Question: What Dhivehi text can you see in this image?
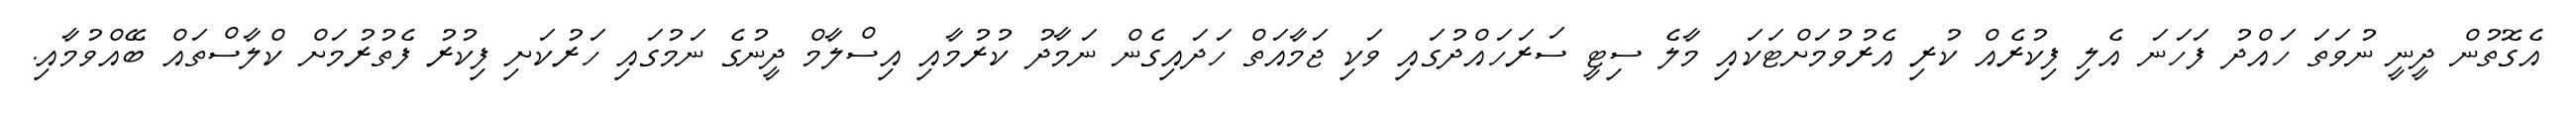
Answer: އެގޮތުން ދީނީ ނުވަތަ ހައްދު ފަހަނަ އެލި ފިކުރެއް ކުރި އެރުވުމަށްޓަކައި މާލެ ސިޓީ ސަރަހައްދުގައި ވަކި ޖަމާއަތް ހަދައިގެން ނަމާދު ކުރުމާއި އިސްލާމް ދީނުގެ ނަމުގައި ހަރުކަށި ފިކުރު ފެތުރުމަށް ކްލާސްތައް ބޭއްވުމާއި.